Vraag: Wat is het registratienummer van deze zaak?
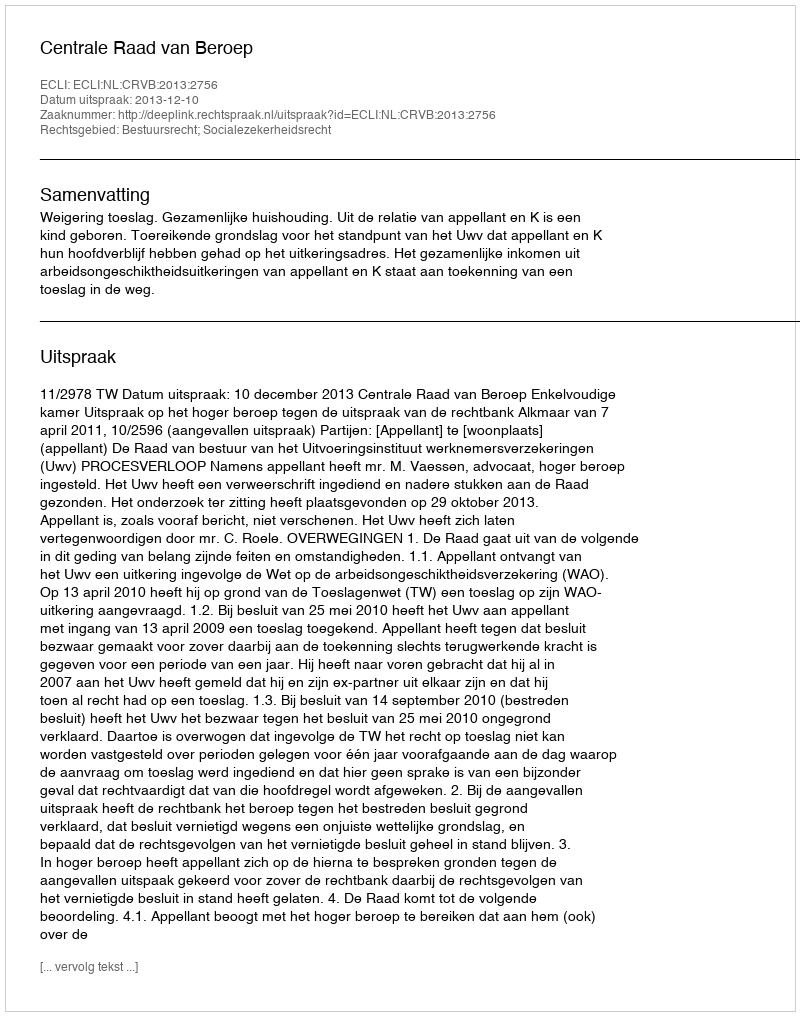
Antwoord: http://deeplink.rechtspraak.nl/uitspraak?id=ECLI:NL:CRVB:2013:2756